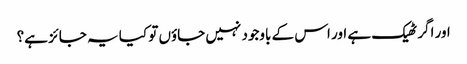
اور اگر ٹھیک ہے اور اس کے باوجود نہیں جاؤں تو کیا یہ جائز ہے؟